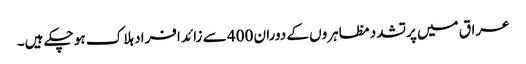
عراق میں پرتشدد مظاہروں کے دوران 400 سے زائد افراد ہلاک ہو چکے ہیں۔